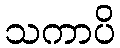
သကာပိ